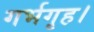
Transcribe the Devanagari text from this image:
गर्भगृह।